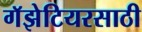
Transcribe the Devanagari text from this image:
गॅझेटियरसाठी